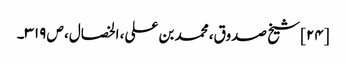
[۲۴] شیخ صدوق، محمد بن علی، الخصال، ص ۳۱۹۔